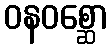
ဝနဝစ္ဆော